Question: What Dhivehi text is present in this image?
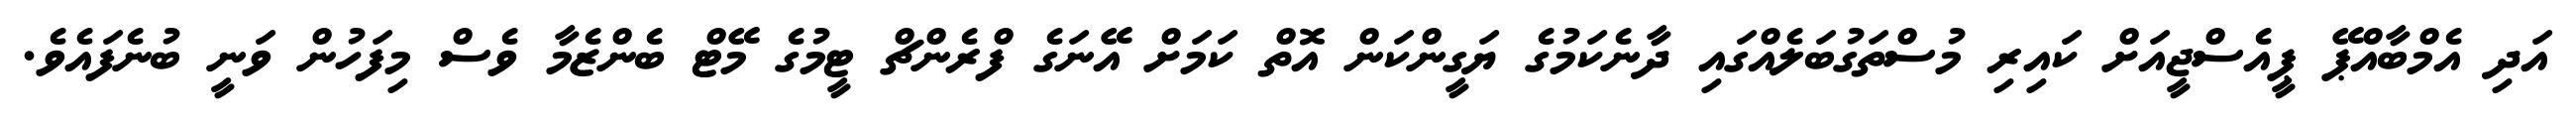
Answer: އަދި އެމްބާއްޕޭ ޕީއެސްޖީއަށް ކައިރި މުސްތަގުބަލެއްގައި ދާނެކަމުގެ ޔަގީންކަން އޮތް ކަމަށް އޭނަގެ ފްރެންޗް ޓީމުގެ މޭޓް ބެންޒެމާ ވެސް މިފަހުން ވަނީ ބުނެފައެވެ.